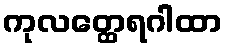
ကုလတ္ထေရဂါထာ